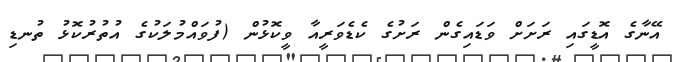
އޭނާގެ އޮޑީގައި ރަށަށް ވަޑައިގެން ރަށުގެ ކެޑެވަރީއާ ވީކޮޅުން (ފުވައްމުލަކުގެ އުތުރުކޮޅު ތުނޑި